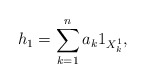
\begin{align*}h_1 = \sum^n_{k=1} a_k 1_{X^1_k},\end{align*}